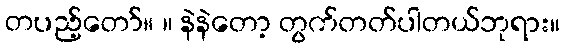
တပည့်တော်။ ။ နဲနဲတော့ တွက်တတ်ပါတယ်ဘုရား။